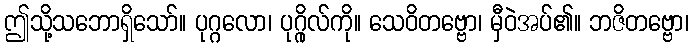
ဤသို့သဘောရှိသော်။ ပုဂ္ဂလော၊ ပုဂ္ဂိုလ်ကို။ သေဝိတဗ္ဗော၊ မှီဝဲအပ်၏။ ဘဇိတဗ္ဗော၊